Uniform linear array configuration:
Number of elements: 12
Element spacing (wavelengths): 0.5
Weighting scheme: hann
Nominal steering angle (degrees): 15
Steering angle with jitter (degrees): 15.262
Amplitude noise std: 0.05
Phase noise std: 0.05

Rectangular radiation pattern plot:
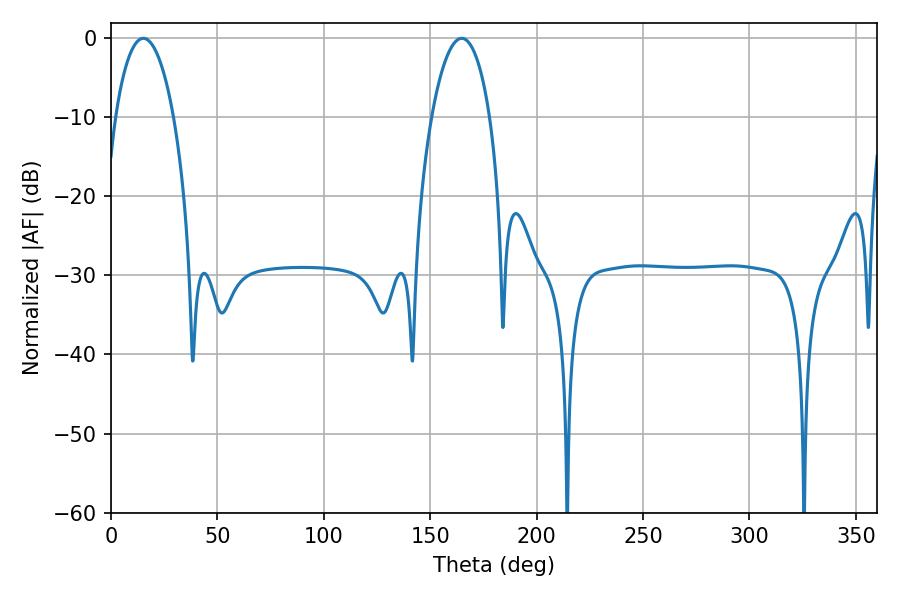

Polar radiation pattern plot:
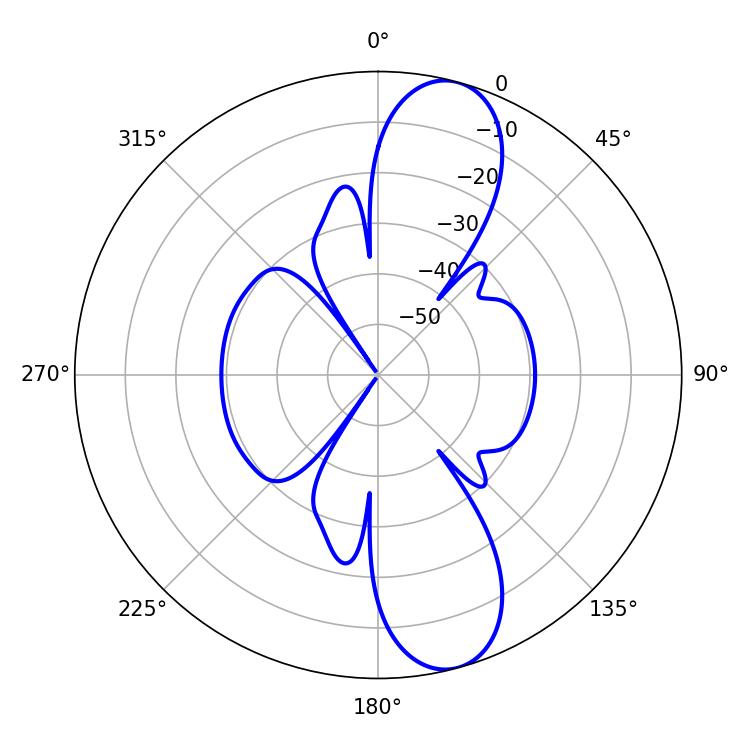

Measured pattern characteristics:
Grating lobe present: FALSE
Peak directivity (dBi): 11.257
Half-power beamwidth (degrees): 15.3
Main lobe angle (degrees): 15.12